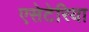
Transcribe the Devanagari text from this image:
एसेटेरिया